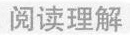
阅读理解